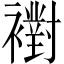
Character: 襨